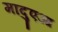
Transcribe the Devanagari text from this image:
मादुएआ